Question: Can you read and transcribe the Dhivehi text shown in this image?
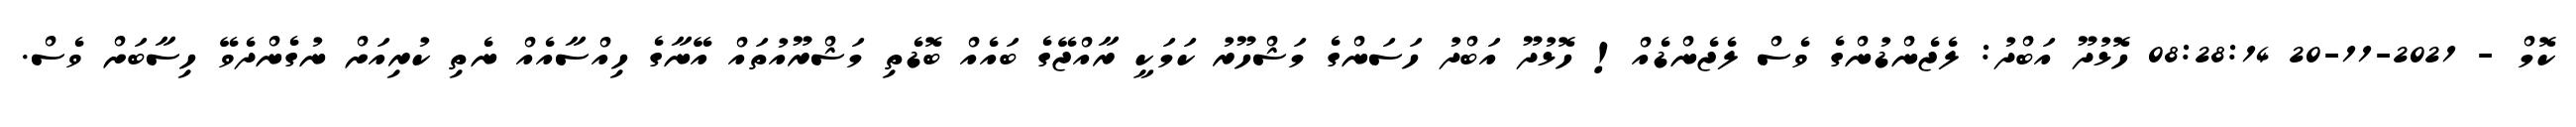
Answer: ކޮމް - 2021-11-20 08:28:14 ހޮޅުދޫ އަބްދު: ލެޖެންޑުންގެ ވެސް ލެޖެންޑެއް! ހޮޅުދޫ އަބްދު ހަސަންގެ މަޝްހޫރު ކަމަކީ ރާއްޖޭގެ ބައެއް ބޮޑެތި މަޝްރޫއުތައް އޭނާގެ ހިއްސާއެއް ނެތި ކުރިއަށް ނުގެންދެވޭ ހިސާބަށް ވެސް.